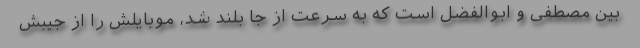
بین مصطفی و ابوالفضل است که به سرعت از جا بلند شد، موبایلش را از جیبش